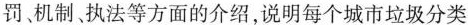
罚、机制、执法等方面的介绍，说明每个城市垃圾分类